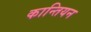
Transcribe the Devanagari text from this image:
कान्तियन